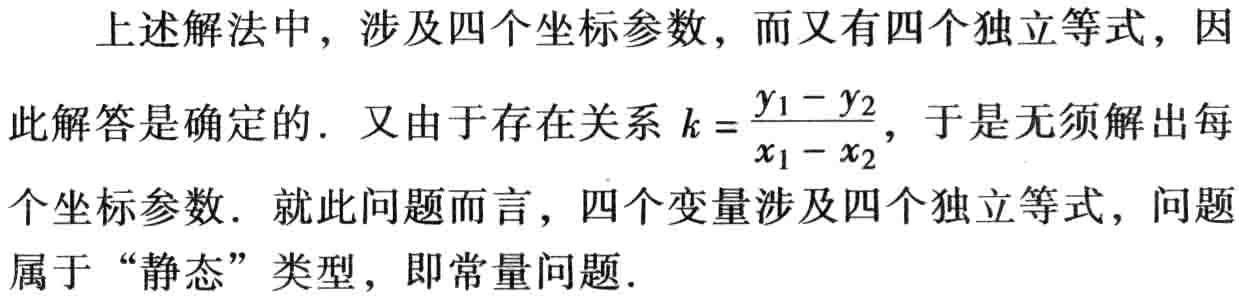
上述解法中，涉及四个坐标参数，而又有四个独立等式，因此解答是确定的. 又由于存在关系 \(k = \frac{y_1 - y_2}{x_1 - x_2}\)，于是无须解出每个坐标参数. 就此问题而言，四个变量涉及四个独立等式，问题属于 “静态” 类型，即常量问题.